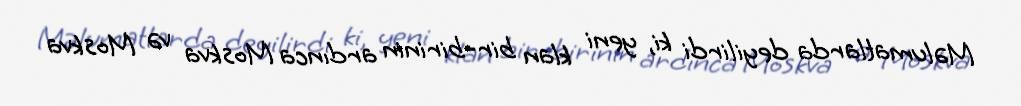
Məlumatlarda deyilirdi ki, yeni klan bir-birinin ardınca Moskva və Moskva